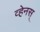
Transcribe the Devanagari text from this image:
व्हेनस्